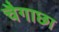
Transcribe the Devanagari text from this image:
चैगाछा